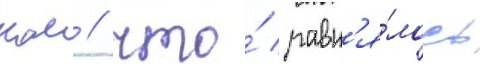
км / что́ равн'я́лось